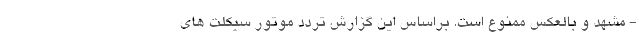
- مشهد و بالعکس ممنوع است. براساس این گزارش تردد موتور سیکلت های